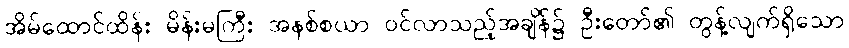
အိမ်ထောင်ထိန်း မိန်းမကြီး အနစ်စယာ ဝင်လာသည့်အချိန်၌ ဦးတော်၏ တွန့်လျက်ရှိသော